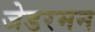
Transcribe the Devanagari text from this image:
जेडरमन